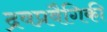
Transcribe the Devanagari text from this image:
द्रवप्रवैगिकी